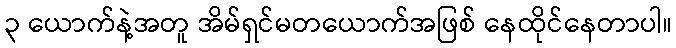
၃ ယောက်နဲ့အတူ အိမ်ရှင်မတယောက်အဖြစ် နေထိုင်နေတာပါ။